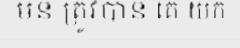
មិន ត្រូវបាន គេ យក